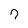
Character: 7